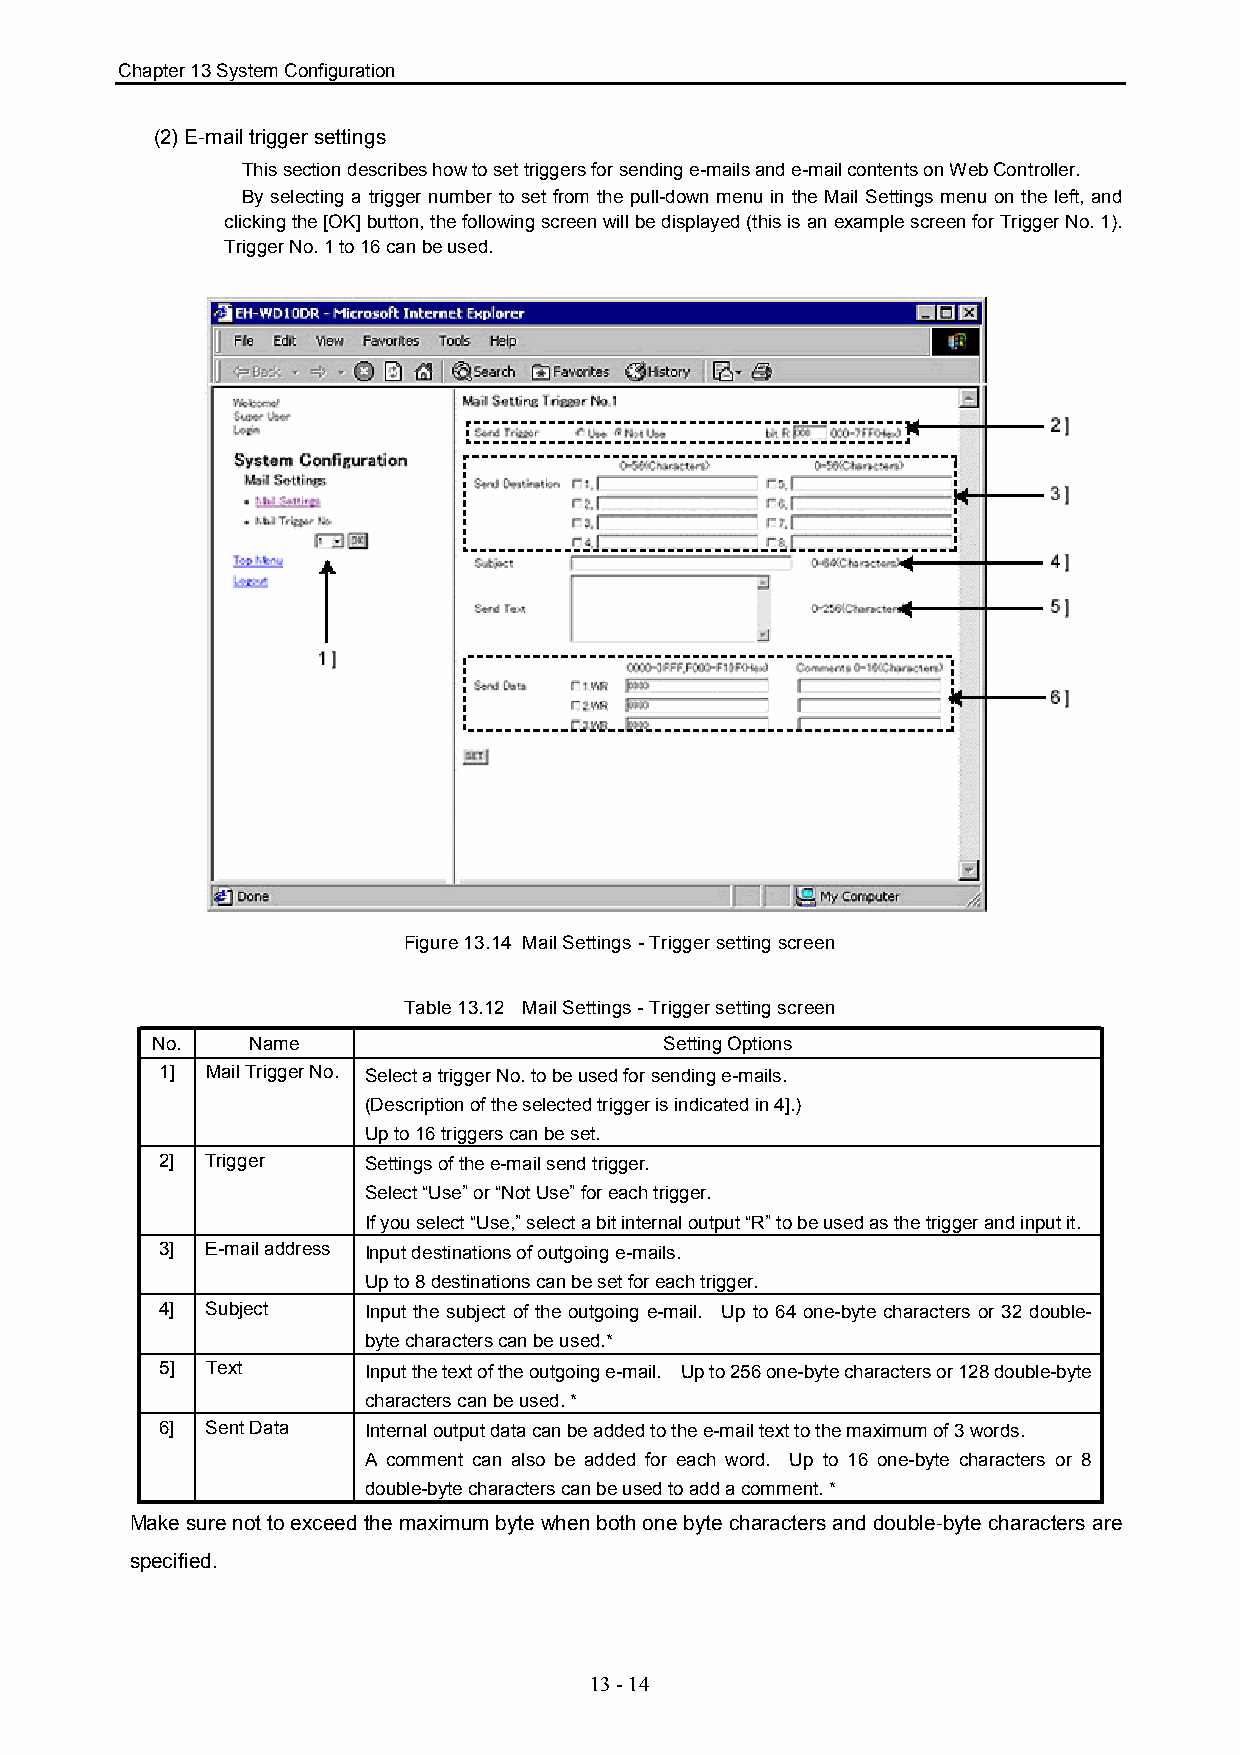
Chapter 13 System Configuration
 (2) E-mail trigger settings
 This section describes how to set triggers for sending e-mails and e-mail contents on Web Controller.
 By selecting a trigger number to set from the pull-down menu in the Mail Settings menu on the left, and
 clicking the [OK] button, the following screen will be displayed (this is an example screen for Trigger No. 1).
 Trigger No. 1 to 16 can be used.
 Figure 13.14 Mail Settings - Trigger setting screen
 Table 13.12 Mail Settings - Trigger setting screen
 No.    Name                       Setting Options
 1] Mail Trigger No. Select a trigger No. to be used for sending e-mails.
 (Description of the selected trigger is indicated in 4].)
 Up to 16 triggers can be set.
 2] Trigger   Settings of the e-mail send trigger.
 Select “Use” or “Not Use” for each trigger.
 If you select “Use,” select a bit internal output “R” to be used as the trigger and input it.
 3] E-mail address Input destinations of outgoing e-mails.
 Up to 8 destinations can be set for each trigger.
 4] Subject   Input the subject of the outgoing e-mail. Up to 64 one-byte characters or 32 double-
 byte characters can be used.*
 5] Text      Input the text of the outgoing e-mail. Up to 256 one-byte characters or 128 double-byte
 characters can be used. *
 6] Sent Data Internal output data can be added to the e-mail text to the maximum of 3 words.
 A comment can also be added for each word. Up to 16 one-byte characters or 8
 double-byte characters can be used to add a comment. *
 Make sure not to exceed the maximum byte when both one byte characters and double-byte characters are
 specified.
 13 - 14